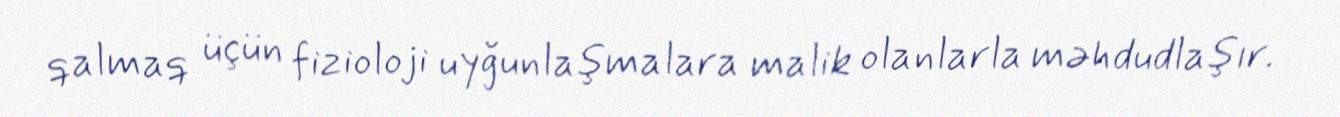
qalmaq üçün fizioloji uyğunlaşmalara malik olanlarla məhdudlaşır.